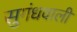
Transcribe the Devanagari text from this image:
सुगंधवाली